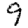
Digit: 9